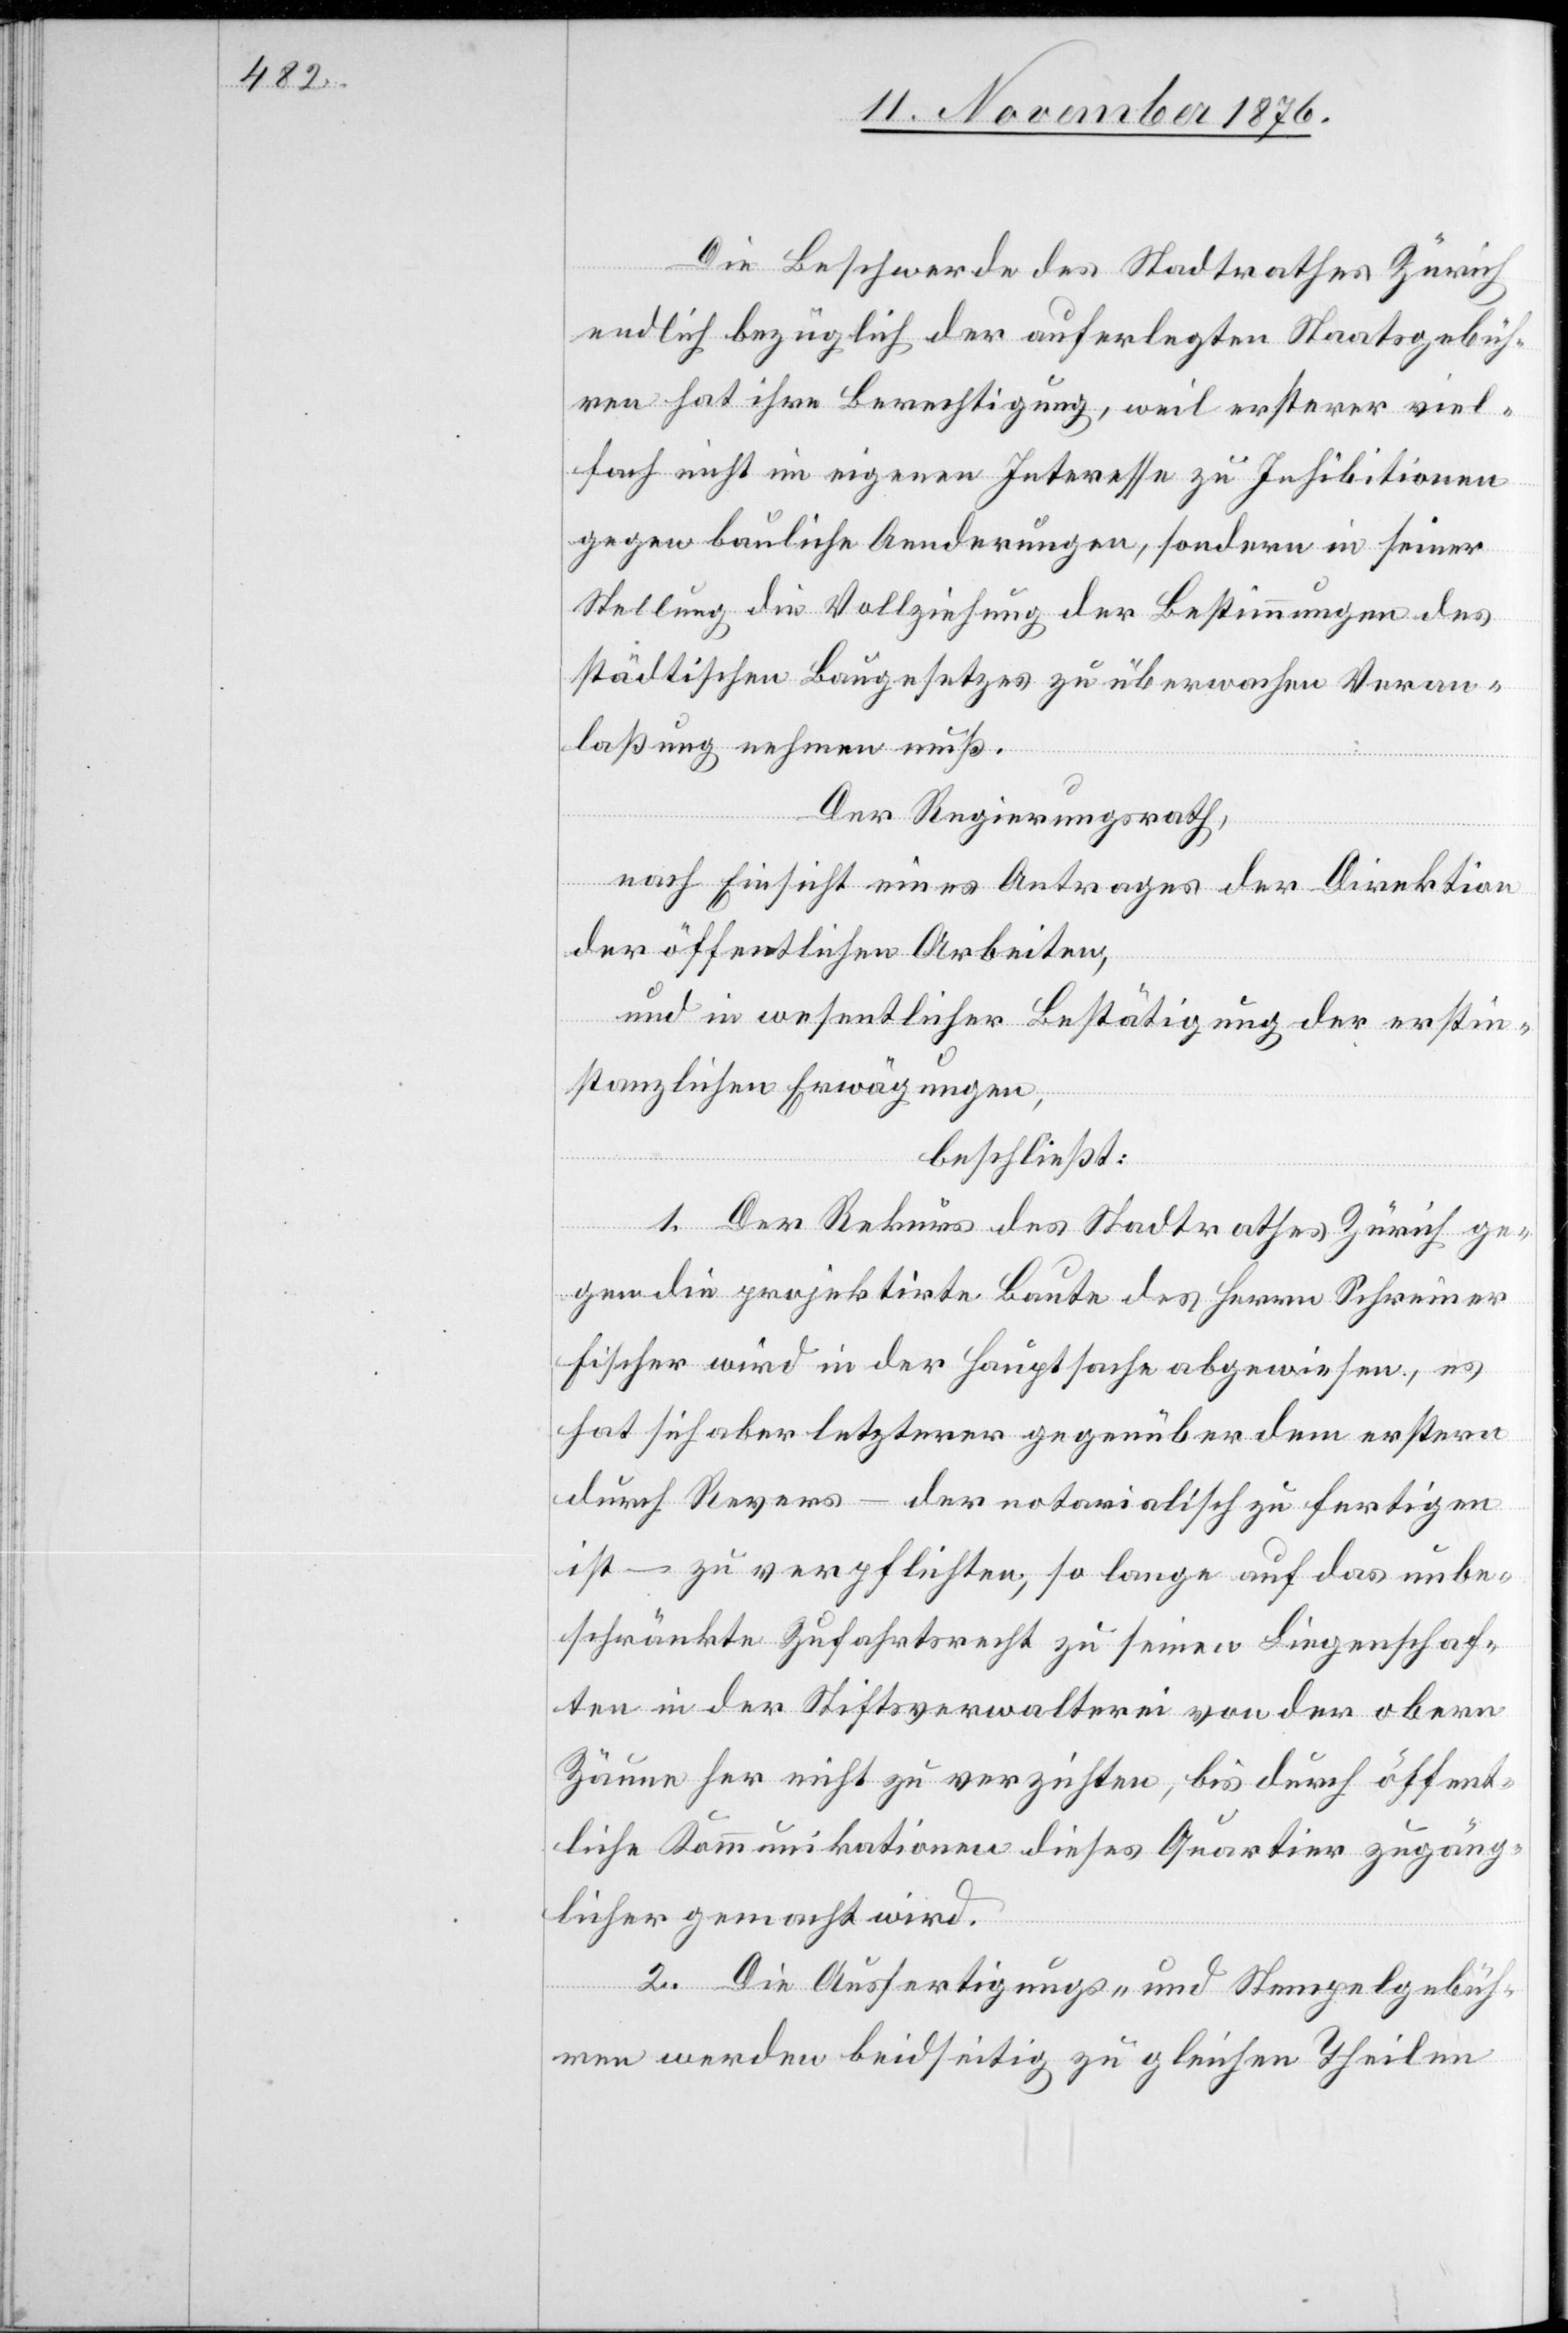
Die Beschwerde des Stadtrathes Zürich
endlich bezüglich der auferlegten Staatsgebüh¬
ren hat ihre Berechtigung, weil ersterer viel¬
fach nicht in eigenen Interessen zu Inhibitionen
gegen bauliche Aenderungen, sondern in seiner
Stellung die Vollziehung der Bestimmungen des
städtischen Baugesetzes zu überwachen Veran¬
laßung nehmen muß.
Der Regierungsrath,
nach Einsicht eines Antrages der Direktion
der öffentlichen Arbeiten,
und in wesentlicher Bestätigung der erstin¬
stanzlichen Erwägungen,
beschließt:
1. Der Rekurs des Stadtrathes Zürich ge¬
gen die projektirte Baute des Herrn Schreiner
Fischer wird in der Hauptsache abgewiesen, es
hat sich aber letzterer gegenüber dem erstern
durch Revers – der notarialisch zu fertigen
ist – zu verpflichten, so lange auf das unbe¬
schränkte Zufahrtsrecht zu seinen Liegenschaf¬
ten in der Stiftsverwalterei von der obern
Zäune her nicht zu verzichten, bis durch öffent¬
liche Kommunikationen dieses Quartier zugäng¬
licher gemacht wird.
2. Die Ausfertigungs- und Stempelgebüh¬
ren werden beidseitig zu gleichen Theilen